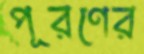
পূরণের